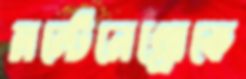
মন্টেনেগ্রোকে